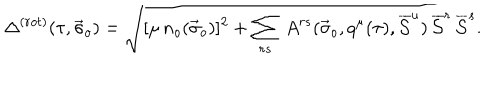
\Delta ^ { ( r o t ) } ( \tau , { \vec { \sigma } } _ { o } ) = \sqrt { [ \mu \, n _ { o } ( { \vec { \sigma } } _ { o } ) ] ^ { 2 } + \sum _ { r s } \, A ^ { r s } ( { \vec { \sigma } } _ { o } , q ^ { \mu } ( \tau ) , \overline { { { \cal S } } } ^ { u } ) \, \overline { { { \cal S } } } ^ { r } \, \overline { { { \cal S } } } ^ { s } } .